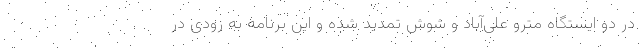
در دو ایستگاه مترو علی‌آباد و شوش تمدید شده و این برنامه به زودی در